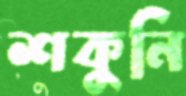
শকুনি